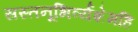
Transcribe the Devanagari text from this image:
सस्तनूभिर्व्यशेमहि